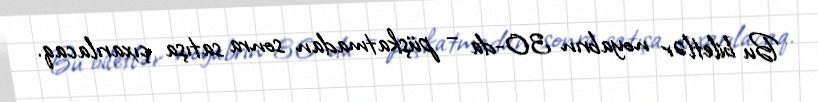
Bu biletlər noyabrın 30-da – püşkatmadan sonra satışa çıxarılacaq.